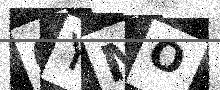
Text: GYMO